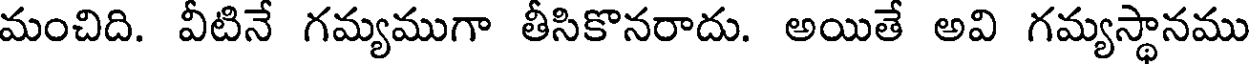
మంచిది. వీటినే గమ్యముగా తీసికొనరాదు. అయితే అవి గమ్యస్థానము